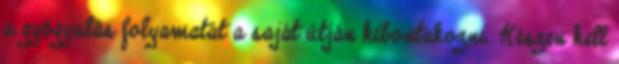
a gyógyulás folyamatát a saját útján kibontakozni. Készen kell